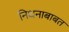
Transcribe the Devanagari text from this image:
निधनाबाबत